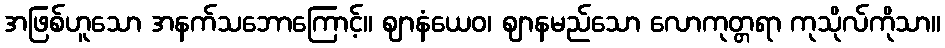
အဖြစ်ဟူသော အနက်သဘောကြောင့်။ ဈာနံယေဝ၊ ဈာနမည်သော လောကုတ္တရာ ကုသိုလ်ကိုသာ။